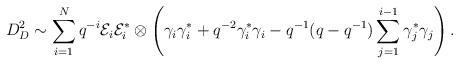
LaTeX: \begin{align*}D^{2}_{D} \sim \sum_{i = 1}^{N} q^{-i} \mathcal{E}_{i} \mathcal{E}_{i}^{*} \otimes \left(\gamma_{i} \gamma_{i}^{*} + q^{-2} \gamma_{i}^{*} \gamma_{i} - q^{-1} (q - q^{-1}) \sum_{j = 1}^{i - 1} \gamma_{j}^{*} \gamma_{j}\right).\end{align*}